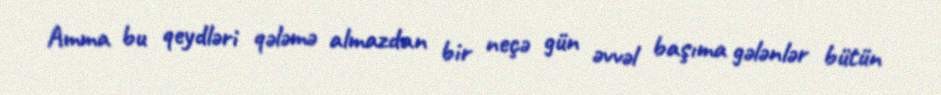
Amma bu qeydləri qələmə almazdan bir neçə gün əvvəl başıma gələnlər bütün